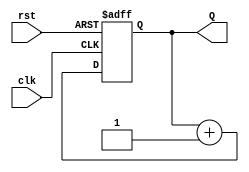
module binary_counter (
    input wire clk,       // Clock input
    input wire rst,       // Asynchronous reset input
    output reg [3:0] Q    // 4-bit output representing the current count value
);

// State transition logic
always @(posedge clk or posedge rst) begin
    if (rst) begin
        // Asynchronous reset to state 0000
        Q <= 4'b0000;
    end else begin
        // Increment the counter, wrapping around at 15
        Q <= Q + 1'b1;
    end
end

endmodule